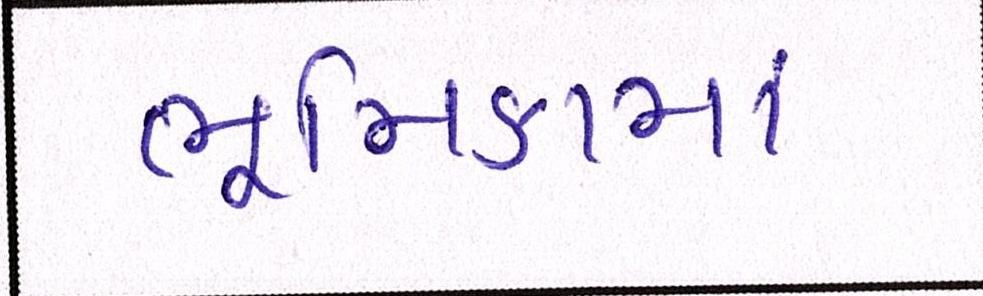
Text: ભૂમિકામાં